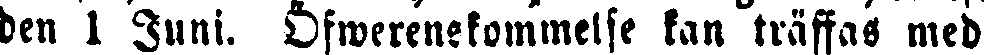
den 1 Juni. Öfwerenekommelse kan träffas med